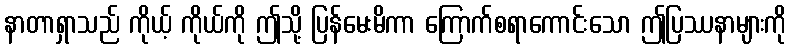
နာတာရှာသည် ကိုယ့် ကိုယ်ကို ဤသို့ ပြန်မေးမိကာ ကြောက်စရာကောင်းသော ဤပြဿနာများကို